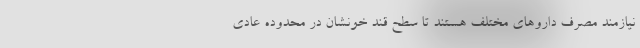
نیازمند مصرف داروهای مختلف هستند تا سطح قند خونشان در محدوده عادی